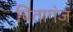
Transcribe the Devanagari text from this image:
चितागंज